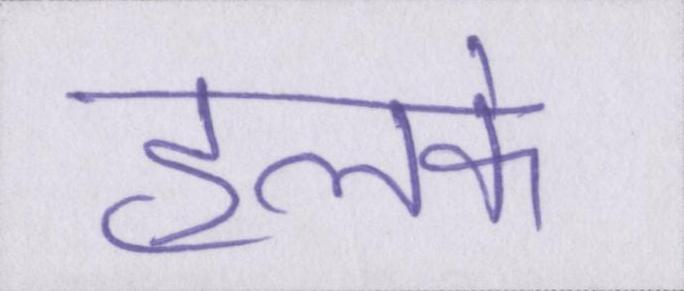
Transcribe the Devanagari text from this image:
हलके